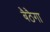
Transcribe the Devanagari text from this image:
बैठैगा